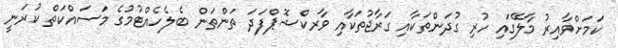
ކަމަށްވާއިރު މާލޭގައި ހުރި ގުދަންތަކާއި ގަރާޖުތަކާއި ވާރކްޝޮޕްފަދަ ތަންތަން ބެލެހެއްޓުމުގެ މަސައްކަތް ކުރަނީ